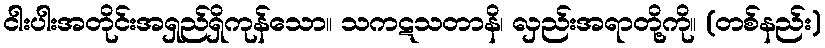
ငါးပါးအတိုင်းအရှည်ရှိကုန်သော။ သကဋသတာနိ၊ လှည်းအရာတို့ကို။ (တစ်နည်း)